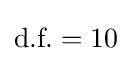
{\text{d.f.}}=10